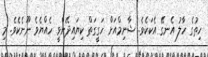
ހިތުގެ ހާލު އެނގޭ އެކަކެވެ. ޝާނިމްއަށް ހަގީގަތް ކިޔައިދޭންވީ ހެއްޔެވެ ނޫނެކެވެ. މި